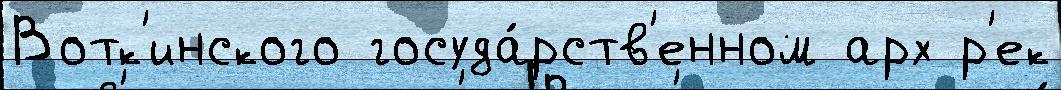
Вотк'инского госуда́рств'енном арх р'ек